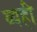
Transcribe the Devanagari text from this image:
व्यही